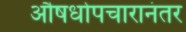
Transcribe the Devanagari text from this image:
औषधोपचारानंतर